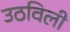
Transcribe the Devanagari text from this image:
उठविली